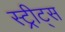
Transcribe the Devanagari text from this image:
स्ट्रीट्‌स